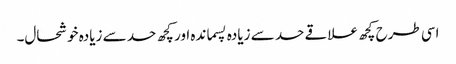
اسی طرح کچھ علاقے حد سے زیادہ پسماندہ اور کچھ حد سے زیادہ خوشحال۔